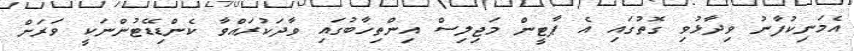
އެމަނިކުފާނު ވިދާޅުވި ގޮތުގައި އެ ޕާޓީން މަޖިލިސް އިންތިހާބުގައި ވާދަކުރައްވާ ކެންޑިޑޭޓުންނަކީ ވަރަށް